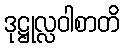
ဒုဋ္ဌုလ္လဝါစာတိ